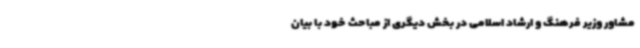
مشاور وزیر فرهنگ و ارشاد اسلامی در بخش دیگری از مباحث خود با بیان